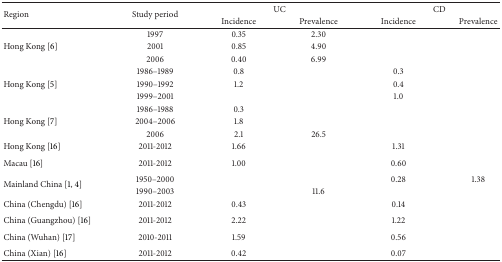
<table><thead><tr><td rowspan="2"><b>Region</b></td><td rowspan="2"><b>Study period</b></td><td colspan="2"><b>UC</b></td><td colspan="2"><b>CD</b></td></tr><tr><td><b>Incidence</b></td><td><b>Prevalence</b></td><td><b>Incidence</b></td><td><b>Prevalence</b></td></tr></thead><tbody><tr><td> </td><td>1997</td><td>0.35</td><td>2.30</td><td> </td><td> </td></tr><tr><td>Hong Kong [6]</td><td>2001</td><td>0.85</td><td>4.90</td><td> </td><td> </td></tr><tr><td> </td><td>2006</td><td>0.40</td><td>6.99</td><td> </td><td> </td></tr><tr><td> </td><td>1986–1989</td><td>0.8</td><td> </td><td>0.3</td><td> </td></tr><tr><td>Hong Kong [5]</td><td>1990–1992</td><td>1.2</td><td> </td><td>0.4</td><td> </td></tr><tr><td> </td><td>1999–2001</td><td> </td><td> </td><td>1.0</td><td> </td></tr><tr><td> </td><td>1986–1988</td><td>0.3</td><td> </td><td> </td><td> </td></tr><tr><td>Hong Kong [7]</td><td>2004–2006</td><td>1.8</td><td> </td><td> </td><td> </td></tr><tr><td> </td><td>2006</td><td>2.1</td><td>26.5</td><td> </td><td> </td></tr><tr><td>Hong Kong [16] </td><td>2011-2012</td><td>1.66</td><td> </td><td>1.31</td><td> </td></tr><tr><td>Macau [16] </td><td>2011-2012</td><td>1.00</td><td> </td><td>0.60</td><td> </td></tr><tr><td rowspan="2">Mainland China [1, 4]</td><td>1950–2000</td><td> </td><td> </td><td>0.28</td><td>1.38</td></tr><tr><td>1990–2003</td><td> </td><td>11.6</td><td> </td><td> </td></tr><tr><td>China (Chengdu) [16]</td><td>2011-2012</td><td>0.43</td><td> </td><td>0.14</td><td> </td></tr><tr><td>China (Guangzhou) [16] </td><td>2011-2012</td><td>2.22</td><td> </td><td>1.22</td><td> </td></tr><tr><td>China (Wuhan) [17] </td><td>2010-2011</td><td>1.59</td><td> </td><td>0.56</td><td> </td></tr><tr><td>China (Xian) [16]</td><td>2011-2012</td><td>0.42</td><td> </td><td>0.07</td><td> </td></tr></tbody></table>